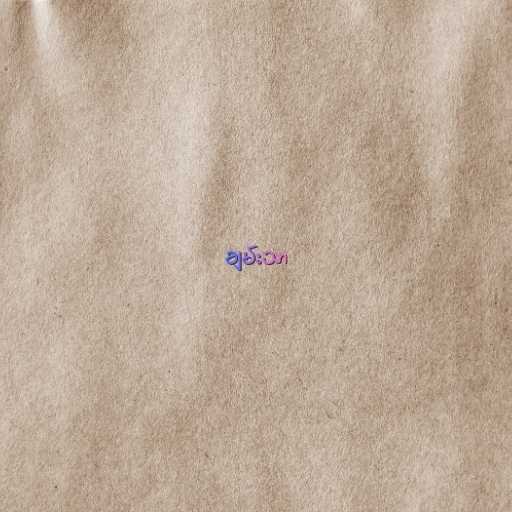
ချမ်းသာ